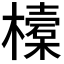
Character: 𣝔